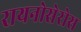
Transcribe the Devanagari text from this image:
रायनोसेरोस